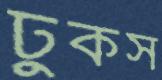
ঢুকস